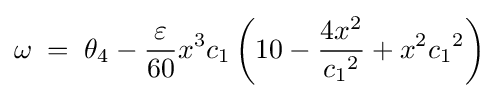
\omega \;=\;\theta _{4}-{\frac {\varepsilon }{60}}x^{3}c_{1}\left(10-{\frac {4x^{2}}{{c_{1}}^{2}}}+x^{2}{c_{1}}^{2}\right)